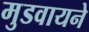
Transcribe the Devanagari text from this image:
मुडवायने